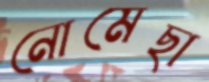
নোমেছা